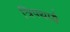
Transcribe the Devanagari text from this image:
त्रिपथायै